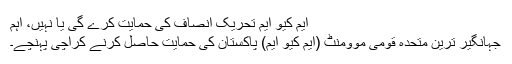
ایم کیو ایم تحریک انصاف کی حمایت کرے گی یا نہیں، اہم
جہانگیر ترین متحدہ قومی موومنٹ (ایم کیو ایم) پاکستان کی حمایت حاصل کرنے کراچی پہنچے۔